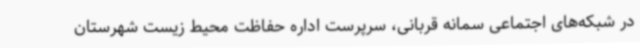
در شبکه‌های اجتماعی سمانه قربانی، سرپرست اداره حفاظت محیط زیست شهرستان